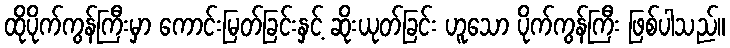
ထိုပိုက်ကွန်ကြီးမှာ ကောင်းမြတ်ခြင်းနှင့် ဆိုးယုတ်ခြင်း ဟူသော ပိုက်ကွန်ကြီး ဖြစ်ပါသည်။